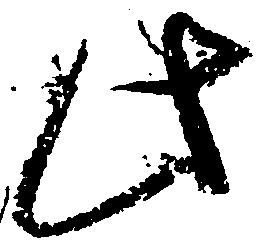
此